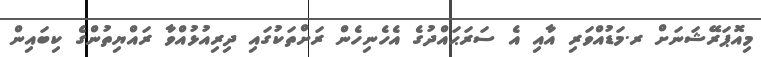
މިއޮޕަރޭޝަނަށް ރ.މަޑުއްވަރި އާއި އެ ސަރަޙައްދުގެ އެހެނިހެން ރަށްތަކުގައި ދިރިއުޅުއްވާ ރައްޔިތުންގެ ކިބައިން